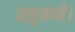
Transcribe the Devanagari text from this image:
शत्रुमध्ये।